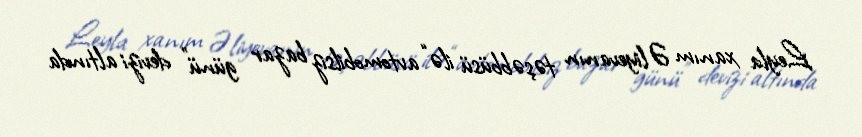
Leyla xanım Əliyevanın təşəbbüsü ilə “avtomobilsiz bazar günü” devizi altında